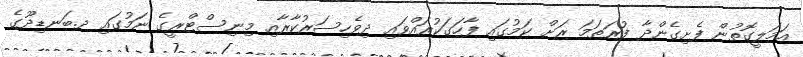
އަމަލީގޮތުން ފެށިގެންދާ ފުރަތަމަ ރަށް ކަމުގައި ފާހަގަކުރައްވައި ދިވެހިސަރުކާރާއި މިނިސްޓްރީގެ ނަމުގައި ދ.ބަނޑިދޫގެ